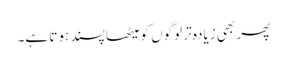
پھر بھی زیادہ تر لوگوں کو میٹھا پسند ہوتا ہے۔